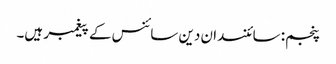
پنجم: سائنسدان دین سائنس کے پیغمبر ہیں۔